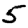
Digit: 5